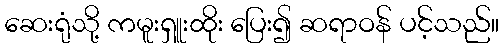
ဆေးရုံသို့ ကမူးရှူးထိုး ပြေး၍ ဆရာဝန် ပင့်သည်။